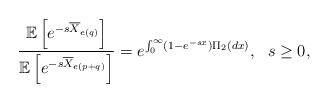
LaTeX: \begin{align*}\frac{\mathbb E\left[e^{-s \overline{X}_{e(q)}}\right]}{\mathbb E\left[e^{-s \overline{X}_{e(p+q)}}\right]}=e^{\int_{0}^{\infty}(1-e^{-s x})\Pi_2(dx)}, \ \ s\geq 0,\end{align*}